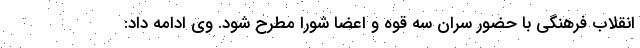
انقلاب فرهنگی با حضور سران سه قوه و اعضا شورا مطرح شود. وی ادامه داد: